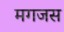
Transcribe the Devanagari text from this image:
मगजस